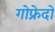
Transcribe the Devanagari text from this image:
गोफ्रेदो